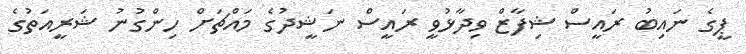
ޕީގެ ނައިބު ރައީސް ޝިފާޒް ވިދާޅުވީ ރައީސް ނަޝީދުގެ މައްޗަށް ހިންގުނު ޝަރީއަތުގެ